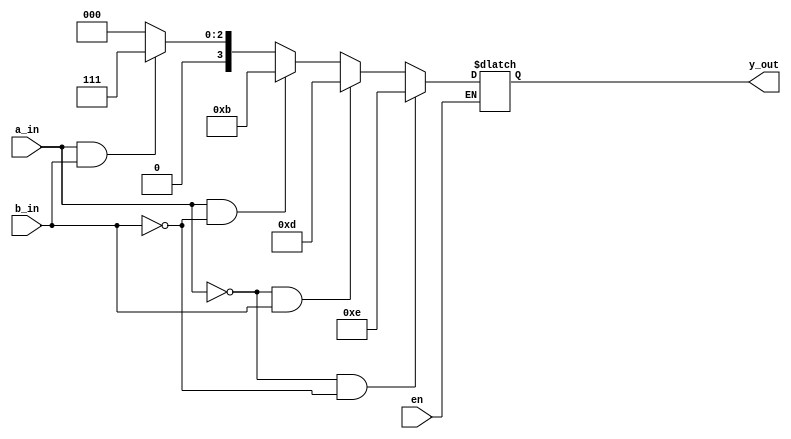
`timescale 1ns / 1ps
//////////////////////////////////////////////////////////////////////////////////
// Company: 
// Engineer: 
// 
// Design Name: 
// Module Name: decoder_2to4
// Project Name: 
// Target Devices: 
// Tool Versions: 
// Description: 
// 
// Dependencies: 
// 
// Revision:
// Revision 0.01 - File Created
// Additional Comments:
// 
//////////////////////////////////////////////////////////////////////////////////
module decoder_2to4(
                    input a_in, b_in,
                    input en,
                    output reg [3:0] y_out);
always@*
begin
    if(en==0)
    begin
        if(a_in==1'b0 & b_in==1'b0)
        y_out=4'b1110;
        else if(a_in==1'b0 & b_in==1'b1)
        y_out=4'b1101;
        else if(a_in==1'b1 & b_in==1'b0)
        y_out=4'b1011;
        else if(a_in==1'b1 & b_in==1'b1)
        y_out=4'b0111;
        else
        y_out=4'b0000;
    end
end                    
endmodule